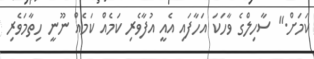
ކަމަށް." ސާހިލްގެ ވާހަކަ އަހާފައި އެއީ އުފާވެރި ކަމެއް ކަމެއް ނޫނީ ހިތާމަވެރި